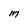
Character: M